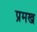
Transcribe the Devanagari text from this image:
प्रमख